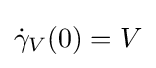
{\dot {\gamma }}_{V}(0)=V